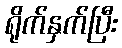
ရိုက်နှက်ပြီး